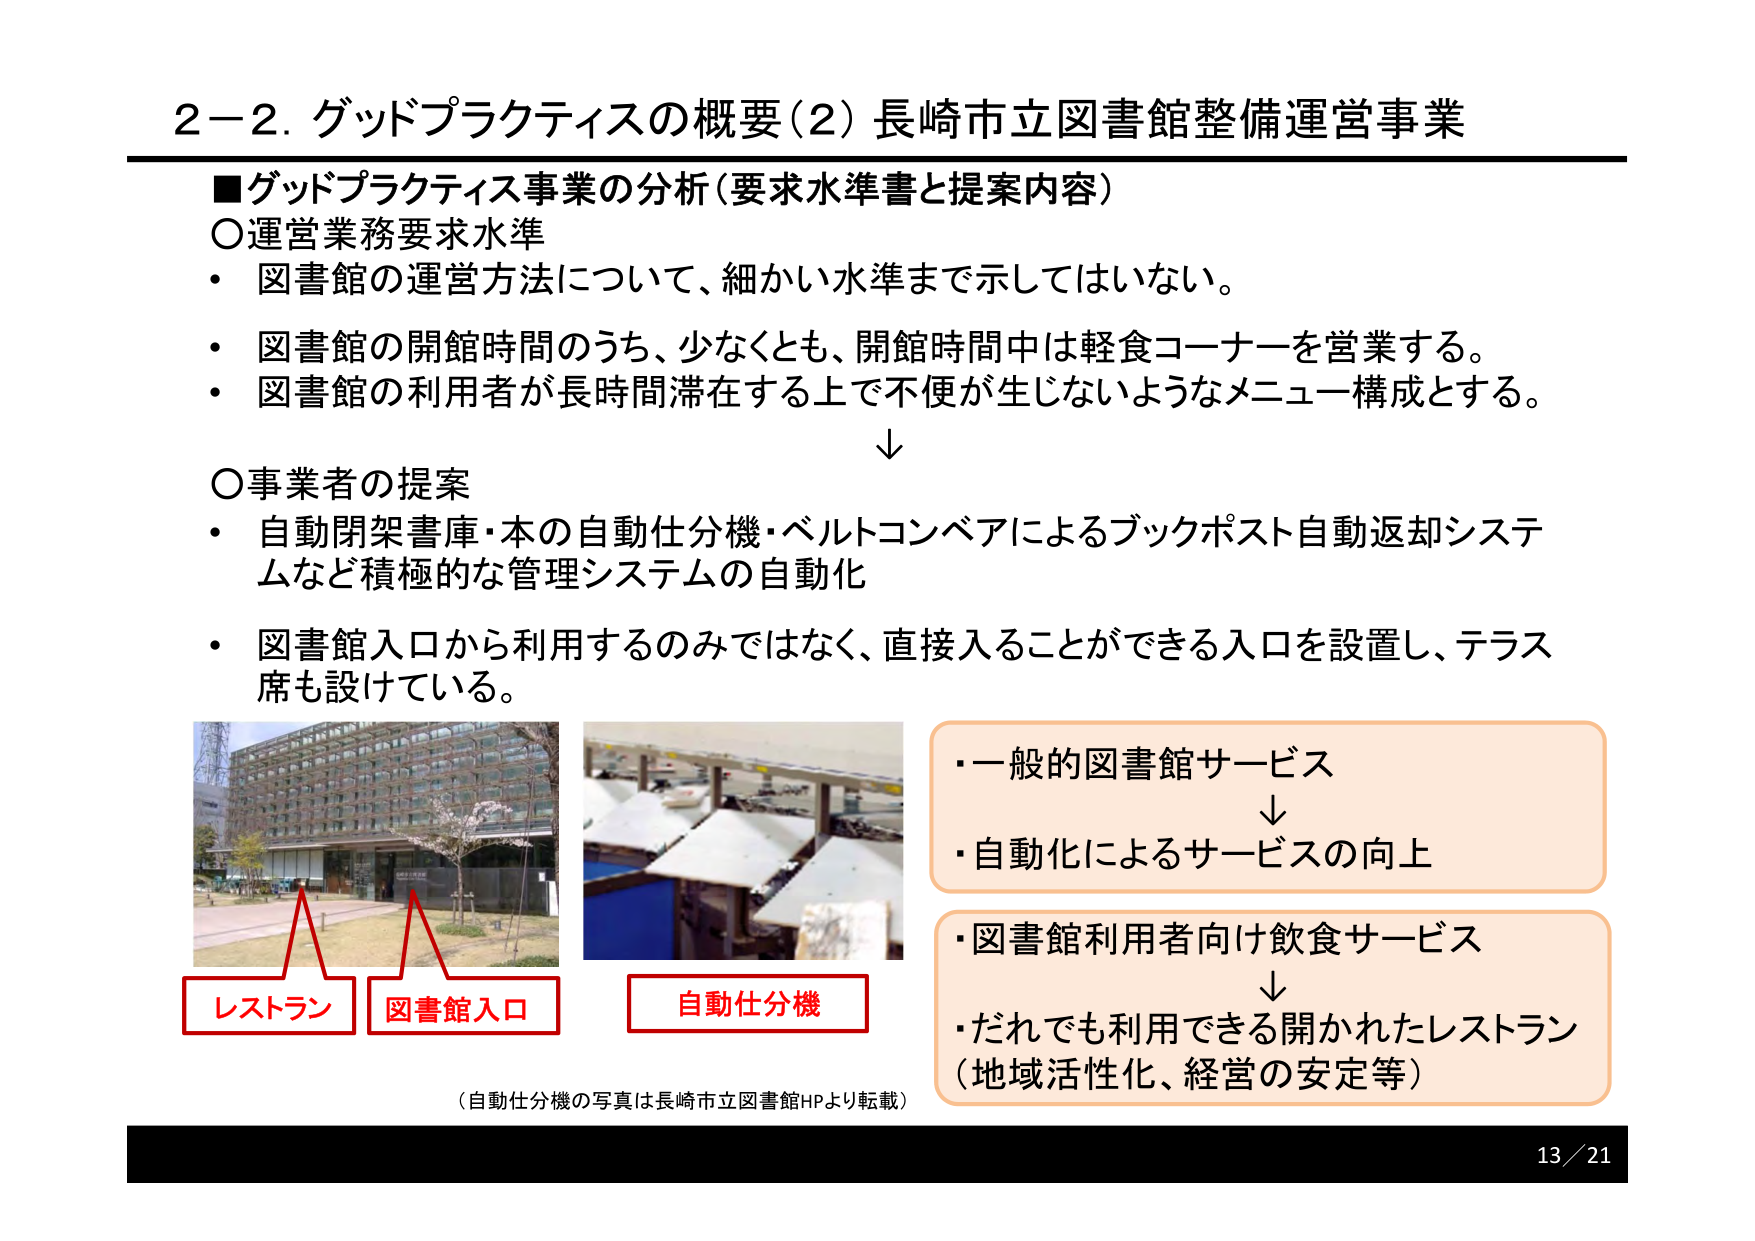
2－2. グッドプラクティスの概要（2）長崎市立図書館整備運営事業

■グッドプラクティス事業の分析（要求水準書と提案内容）

○運営業務要求水準
・図書館の運営方法について、細かい水準まで示してはいない。
・図書館の開館時間のうち、少なくとも、開館時間中は軽食コーナーを営業する。
・図書館の利用者が長時間滞在する上で不便が生じないようなメニュー構成とする。

↓

○事業者の提案
・自動閉架書庫・本の自動仕分機・ベルトコンベアによるブックポスト自動返却システムなど積極的な管理システムの自動化
・図書館入口から利用するのみではなく、直接入ることができる入口を設置し、テラス席も設けている。

（自動仕分機の写真は長崎市立図書館HPより転載）

レストラン
図書館入口
自動仕分機

・一般的図書館サービス
↓
・自動化によるサービスの向上

・図書館利用者向け飲食サービス
↓
・だれでも利用できる開かれたレストラン
（地域活性化、経営の安定等）

13／21